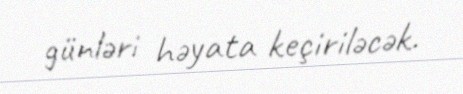
günləri həyata keçiriləcək.